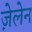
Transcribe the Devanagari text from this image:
ज़ेलेन